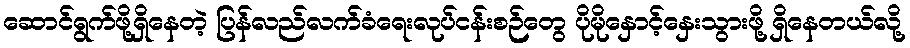
ဆောင်ရွက်ဖို့ရှိနေတဲ့ ပြန်လည်လက်ခံရေးလုပ်ငန်းစဉ်တွေ ပိုမိုနှောင့်နှေးသွားဖို့ ရှိနေတယ်လို့